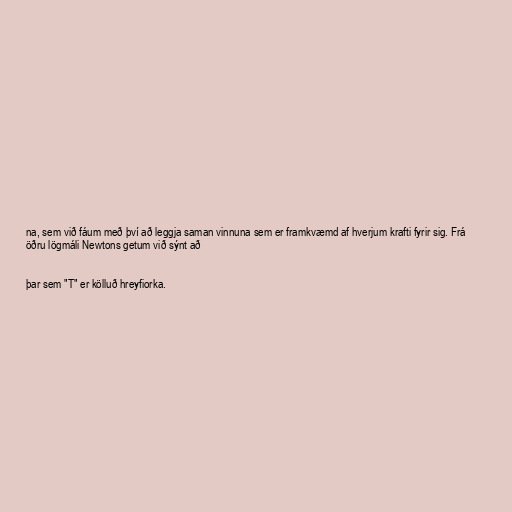
na, sem við fáum með því að leggja saman vinnuna sem er framkvæmd af hverjum krafti fyrir sig. Frá
öðru lögmáli Newtons getum við sýnt að

þar sem "T" er kölluð hreyfiorka.